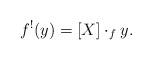
LaTeX: \begin{align*}f^!(y)=[X]\cdot_fy.\end{align*}